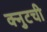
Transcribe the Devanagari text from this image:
क्नुटची